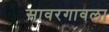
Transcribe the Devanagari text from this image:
सावरगावला